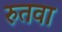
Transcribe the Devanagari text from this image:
रुतवा